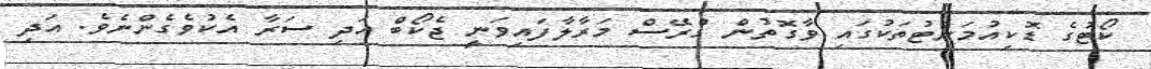
ކޯޓުގެ ޑޮކިއުމަންޓުތަކުގައި ވާގޮތުން ގްރޭސް މަރާލާފައިވަނީ ޖެކޯބް އަދި ސަރާ އެކުވެގެންނެވެ. އަދި